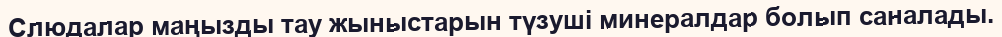
Слюдалар маңызды тау жыныстарын түзуші минералдар болып саналады.